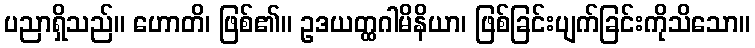
ပညာရှိသည်။ ဟောတိ၊ ဖြစ်၏။ ဥဒယတ္ထဂါမိနိယာ၊ ဖြစ်ခြင်းပျက်ခြင်းကိုသိသော။